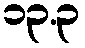
၁၃.၃